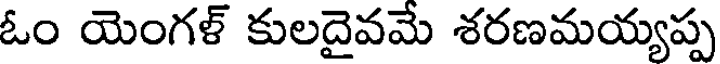
ఓం యెంగళ్ కులదైవమే శరణమయ్యప్ప